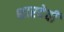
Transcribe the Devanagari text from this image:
शारदेची